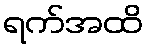
ရက်အထိ